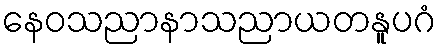
နေဝသညာနာသညာယတနူပဂံ